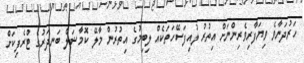
ހަރުދަނާވެ ވިޔަފާރިވެރިންނަށް އިތުރު ލުއިފަސޭހަތަކެއް ލިބިމުގެ އިތުރުން މާލޭ ކޮމާޝަލް ބަނދަރުގެ ޓްރެފިކަށް